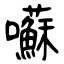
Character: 囌